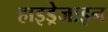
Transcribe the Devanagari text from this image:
हाइड्रेजाइन